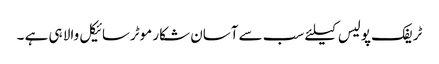
ٹریفک پولیس کیلئے سب سے آسان شکار موٹرسائیکل والا ہی ہے ۔